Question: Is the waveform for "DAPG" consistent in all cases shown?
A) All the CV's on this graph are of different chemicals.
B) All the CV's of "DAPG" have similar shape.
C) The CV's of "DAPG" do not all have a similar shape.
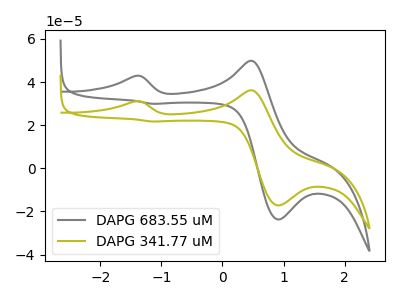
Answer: <think>The gray curve "DAPG 683.55 uM" has anodic peaks at (-1.40V, 42.85uA) (0.45V, 49.85uA) and cathodic peaks at (0.90V, -23.70uA) (-1.15V, 29.95uA). The olive curve "DAPG 341.77 uM" has anodic peaks at (-1.40V, 31.10uA) (0.45V, 36.20uA) and cathodic peaks at (0.90V, -17.20uA) (-1.15V, 21.70uA).
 All the peaks in "DAPG 683.55 uM" have a peak in "DAPG 341.77 uM" at the same potential.</think>
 <answer>B) All the CV's of "DAPG" have similar shape.</answer>
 <eval>B</eval>